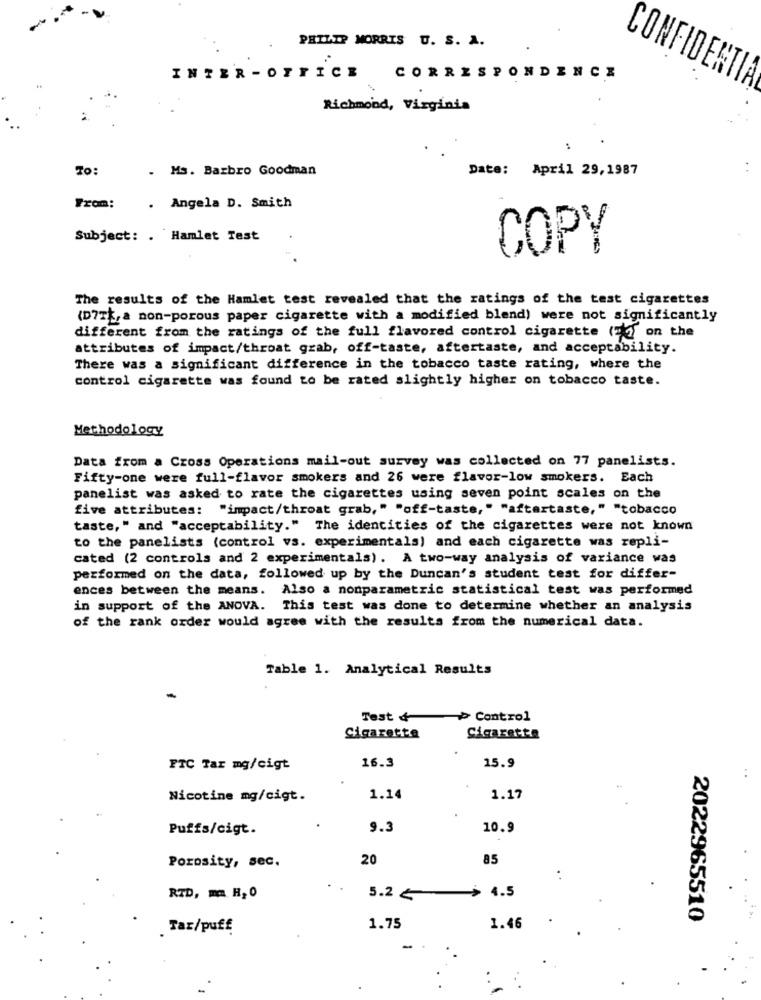
PHILIP MORRIS U. S. A.
INTER -OFFICE
CORRESPONDENCE
CONFIDENTI
Richmond, Virginia
To:
.
Ms. Barbro Goodman
Date: April 29,1987
From:
. Angela D. Smith
Subject: . Hamlet Test
COPY
The results of the Hamlet test revealed that the ratings of the test cigarettes
(D7TL,a non-porous paper cigarette with a modified blend) were not significantly
different from the ratings of the full flavored control cigarette (11) on the
attributes of impact/throat grab, off-taste, aftertaste, and acceptability.
There was a significant difference in the tobacco taste rating, where the
control cigarette was found to be rated slightly higher on tobacco taste.
Methodology
Data from a Cross Operations mail-out survey was collected on 77 panelists.
Fifty-one were full-flavor smokers and 26 were flavor-low smokers. Each
panelist was asked to rate the cigarettes using seven point scales on the
five attributes: "impact/throat grab," "off-taste," "aftertaste," "tobacco
taste, " and "acceptability." The identities of the cigarettes were not known
to the panelists (control vs. experimentals) and each cigarette was repli-
cated (2 controls and 2 experimentals). A two-way analysis of variance was
performed on the data, followed up by the Duncan's student test for differ-
ences between the means. Also a nonparametric statistical test was performed
in support of the ANOVA. This test was done to determine whether an analysis
of the rank order would agree with the results from the numerical data.
Table 1. Analytical Results
Test 4> Control
Cigarette
Cigarette
16.3
FTC Tar mg/cigt
15.9
. .
Nicotine mg/cigt.
1.14
1.17
Puffs/cigt.
9.3
10.9
20
85
Porosity, sec.
+ 4.5
RTD, mm H, 0
5.2&
2022965510
Tar/puff
1.75
1.46